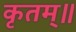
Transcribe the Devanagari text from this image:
कृतम्॥